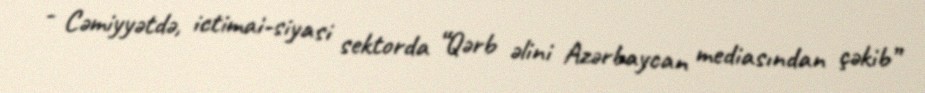
- Cəmiyyətdə, ictimai-siyasi sektorda “Qərb əlini Azərbaycan mediasından çəkib”